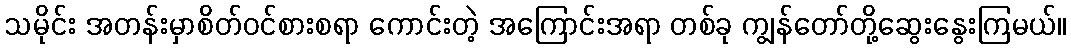
သမိုင်း အတန်းမှာစိတ်ဝင်စားစရာ ကောင်းတဲ့ အကြောင်းအရာ တစ်ခု ကျွန်တော်တို့ဆွေးနွေးကြမယ်။